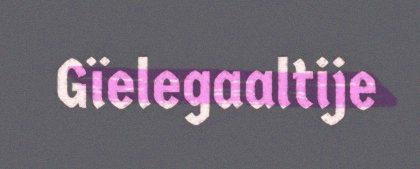
Gïelegaaltije